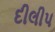
દીલીપ